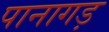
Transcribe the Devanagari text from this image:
पानागड़